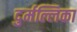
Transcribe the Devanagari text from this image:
दुर्मल्लिका